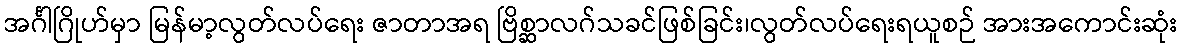
အင်္ဂါဂြိုဟ်မှာ မြန်မာ့လွတ်လပ်ရေး ဇာတာအရ ဗြိစ္ဆာလဂ်သခင်ဖြစ်ခြင်း၊လွတ်လပ်ရေးရယူစဉ် အားအကောင်းဆုံး